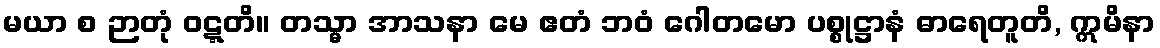
မယာ စ ဉာတုံ ဝဋ္ဋတိ။ တသ္မာ အာသနာ မေ ဧတံ ဘဝံ ဂေါတမော ပစ္စုဋ္ဌာနံ ဓာရေတူတိ, ဣမိနာ